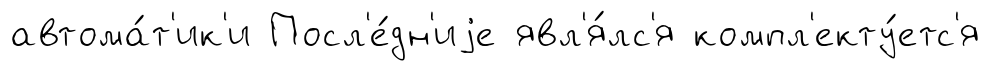
автома́т'ик'и Посл'е́дн'иjе явл'я́лс'я компл'екту́етс'я